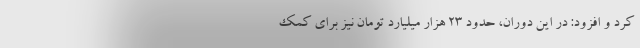
کرد و افزود: در این دوران، حدود ۲۳ هزار میلیارد تومان نیز برای کمک